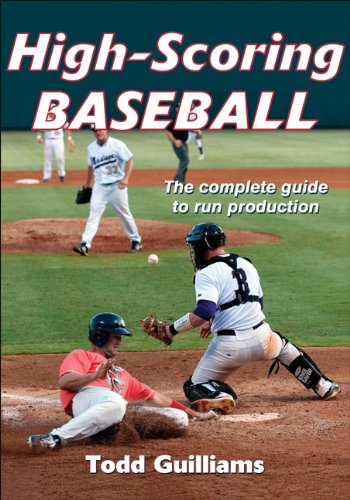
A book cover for High Scoring Baseball; Todd Guilliams; Sports & Outdoors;